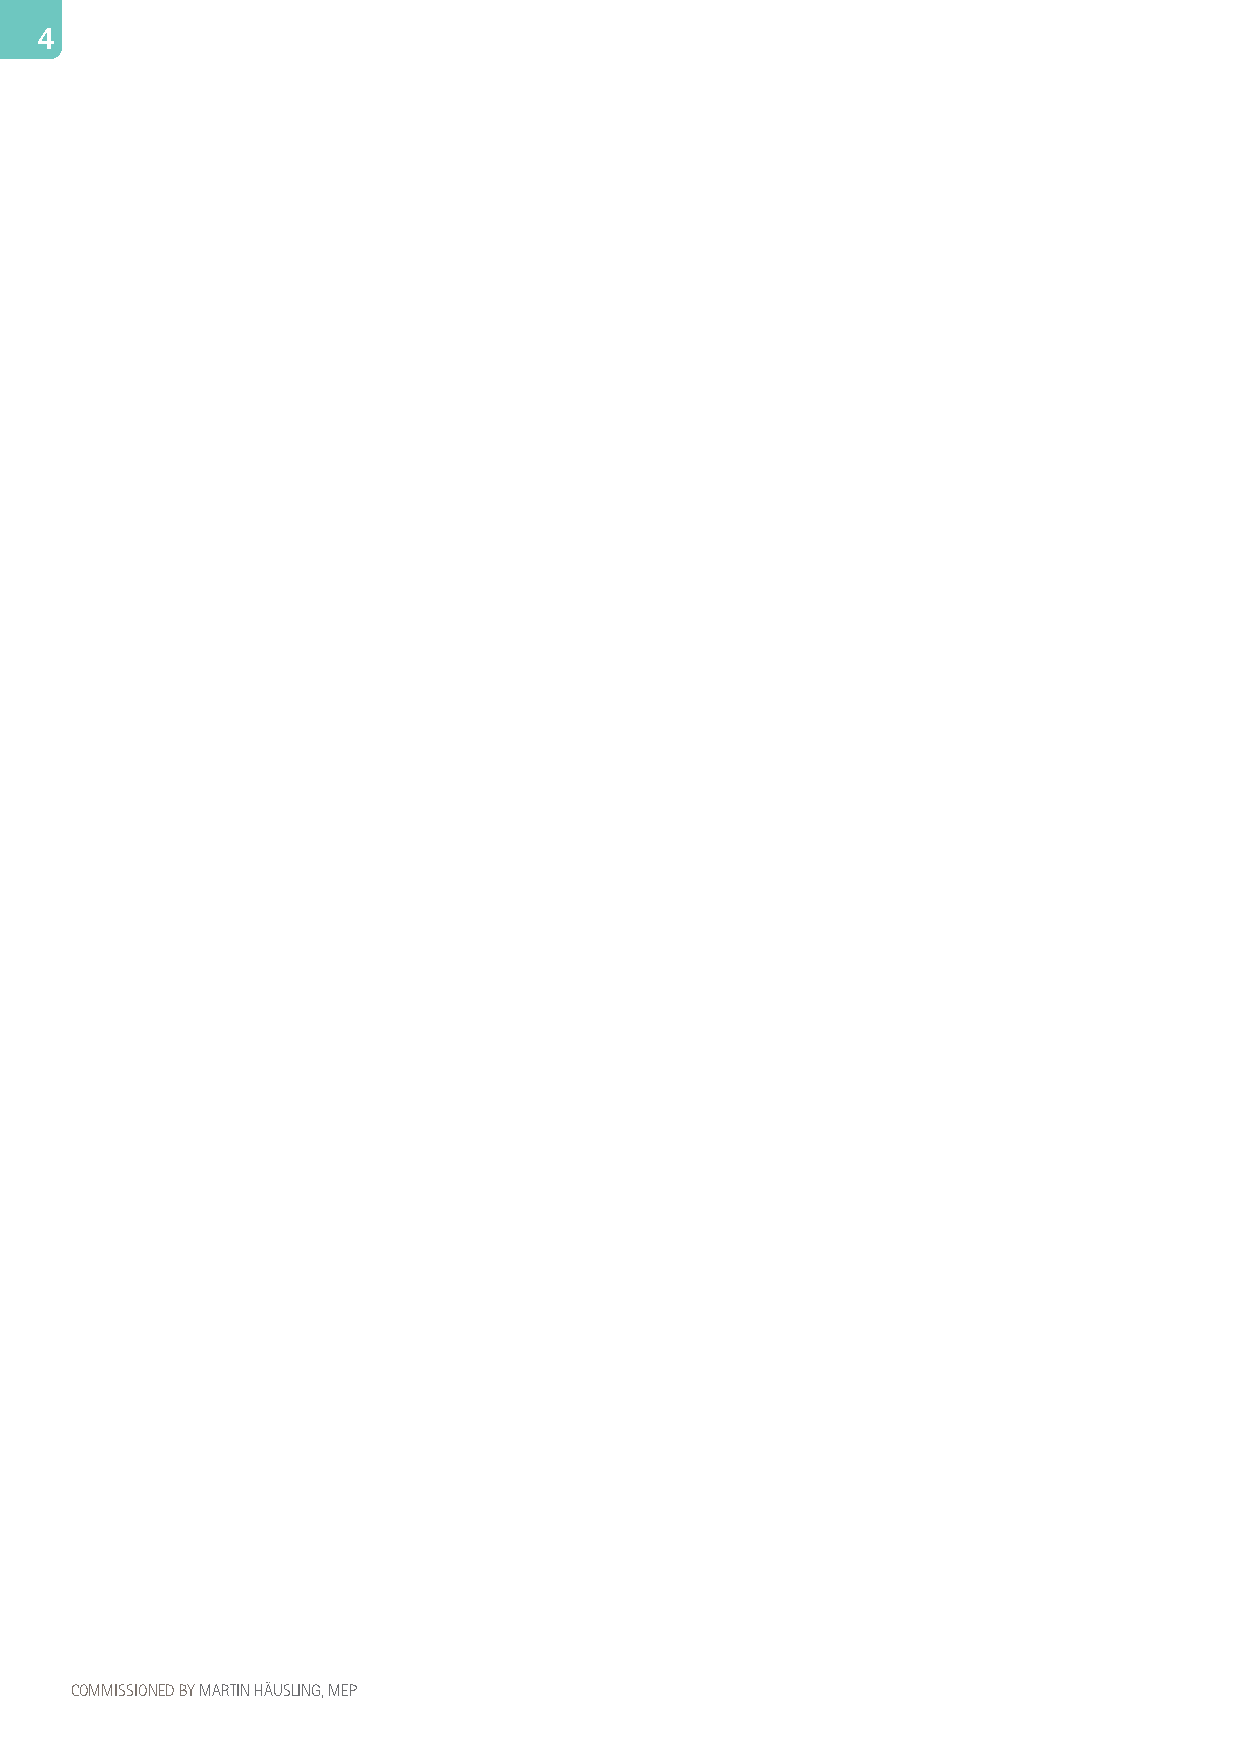
4                                                                                                                                                              5
 4
 COMMISSIONED BY MARTIN HÄUSLING, MEP